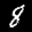
Label: 8